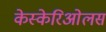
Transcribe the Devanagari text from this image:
केस्केरिओलस